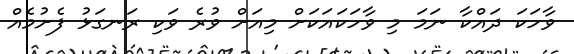
ވާހަކަ ދައްކާ ނަމަ މި ވާހަކައަކަށް މިއަށް ވުރެ ވަކި ރަނގަޅު ފެށުމެއް